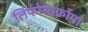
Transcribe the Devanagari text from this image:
लिंफोसार्क्रोमा